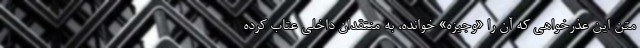
متن این عذرخواهی که آن ‌را «وجیزه» خوانده، به منتقدان داخلی عتاب کرده